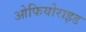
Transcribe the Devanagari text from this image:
ओफियोराइड